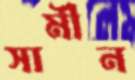
সামীন